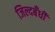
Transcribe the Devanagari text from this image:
जिल्दबँधी